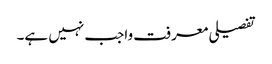
تفصیلی معرفت واجب نہیں ہے۔